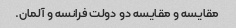
مقایسه و مقایسه دو دولت فرانسه و آلمان.